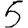
Digit: 5